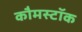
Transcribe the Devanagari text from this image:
कौमस्टॉक